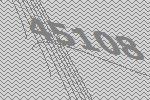
45108